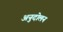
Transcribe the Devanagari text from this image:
अनुदोलन